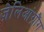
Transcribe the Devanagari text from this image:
ज़ेलिआंग्रौंग